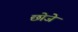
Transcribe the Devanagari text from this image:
छोजे